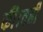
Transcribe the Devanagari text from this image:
की।वहीं